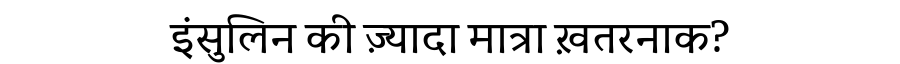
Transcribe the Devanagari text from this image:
इंसुलिन की ज़्यादा मात्रा ख़तरनाक?